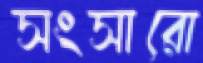
সংসারো